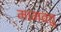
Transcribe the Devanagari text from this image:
मामवतु